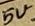
Text: 5V